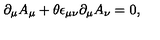
\partial _ { \mu } A _ { \mu } + \theta \epsilon _ { \mu \nu } \partial _ { \mu } A _ { \nu } = 0 ,